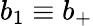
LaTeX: b_{1}\equiv b_{+}